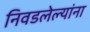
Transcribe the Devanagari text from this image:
निवडलेल्यांना